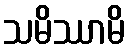
သမိဿာမိ